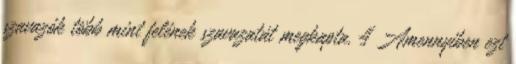
szavazók több mint felének szavazatát megkapta. 4 Amennyiben ezt